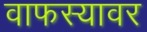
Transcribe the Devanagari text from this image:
वाफस्यावर